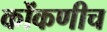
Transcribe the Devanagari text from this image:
कोंकणीच